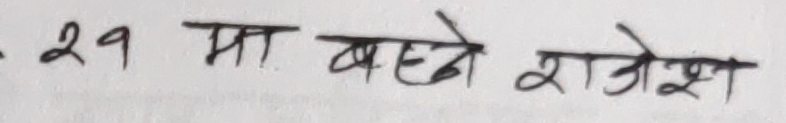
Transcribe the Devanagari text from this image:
. 29 मा बस्ने राजेश